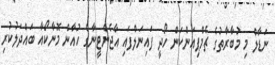
ނަޑާލް މި މުބާރާތުގެ ޗެމްޕިއަންކަން ހޯދީ ފައިނަލްފައި އާޖެންޓީނާގެ ހުއާން މޮނާކޯއާ ބައްދަލުކުރި